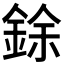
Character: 𫒟